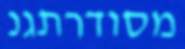
מסודרתגנ